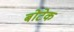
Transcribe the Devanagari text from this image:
बोटेक